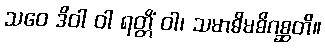
သဝေ ဒိဝါ ဝါ ရတ္တိံ ဝါ၊ သမာဓိမဓိဂစ္ဆတိ။